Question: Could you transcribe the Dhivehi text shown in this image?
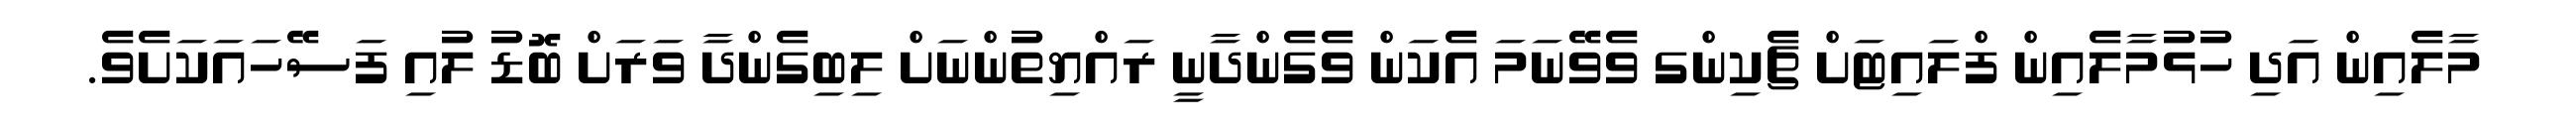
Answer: މާލެއިން އަދި ހުޅުމާލެއިން ފްލައިޓަށް ޗެކިންގ ވެވޭނަމަ އެކަން ވެގެންދާނީ ރައްޔިތުންނަށް ލިބިގެންދާ ވަރަށް ބޮޑު ލުއި ފަސޭހައަކަށެވެ.